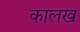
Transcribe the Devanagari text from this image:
कालख